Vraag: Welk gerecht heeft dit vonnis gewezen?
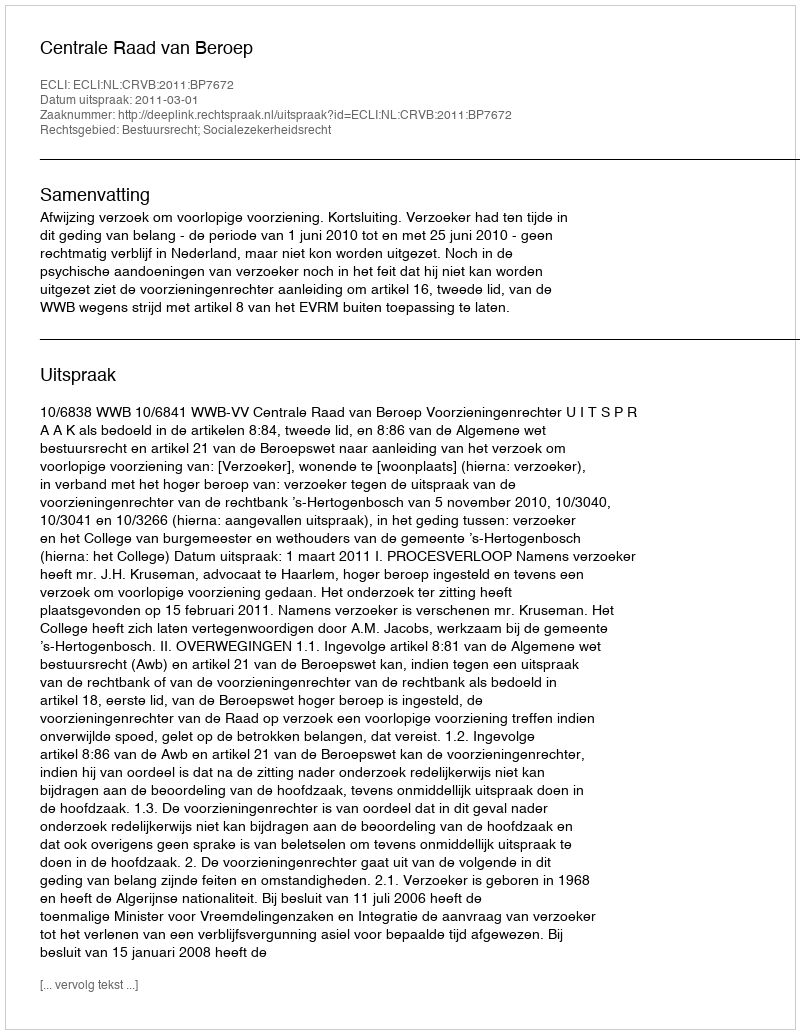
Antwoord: Centrale Raad van Beroep